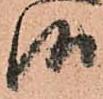
御